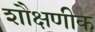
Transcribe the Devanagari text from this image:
शौक्षणीक